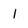
Character: 1